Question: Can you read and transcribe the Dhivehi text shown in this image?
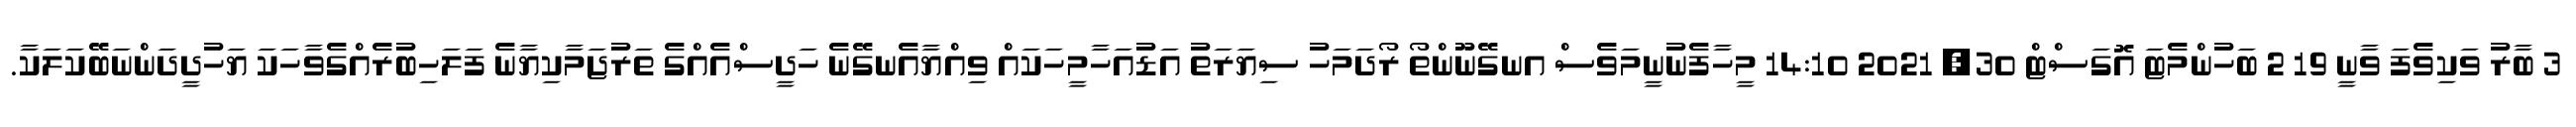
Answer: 3 ބާރު ވަކިވެފަ ވާނީ 19 2 ބަހުންމެޓަ އޮގަސްޓް 30, 2021 14:10 މީހާފެނުނީމަވެސް އނގޭނޫންތޯ ރޯދަމަހު ސިޔަރަތު އަޑުއަހާމީހަކައް ވިއްޔާއެނގޭނެ ހަދީސްއެއްގެ ތަރުޖަމާކިޔާނެ ފަލަހިބުރެއްގެވާހަކަ ޔަހުދީދަންނަބޭކަލަކާ.